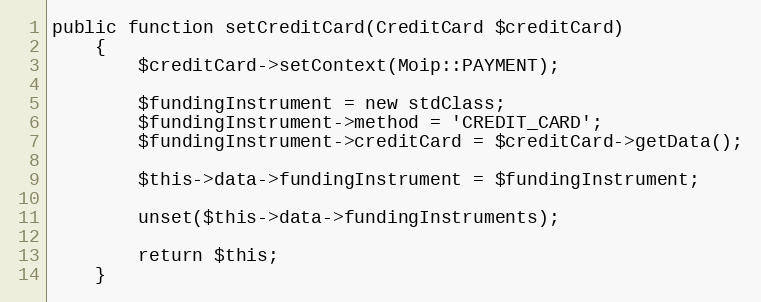
Language: PHP
public function setCreditCard(CreditCard $creditCard)
    {
        $creditCard->setContext(Moip::PAYMENT);

        $fundingInstrument = new stdClass;
        $fundingInstrument->method = 'CREDIT_CARD';
        $fundingInstrument->creditCard = $creditCard->getData();

        $this->data->fundingInstrument = $fundingInstrument;

        unset($this->data->fundingInstruments);

        return $this;
    }